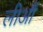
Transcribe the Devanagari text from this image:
लीऔं